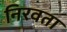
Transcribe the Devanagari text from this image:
निरवता